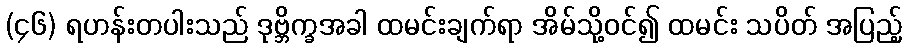
(၄၆) ရဟန်းတပါးသည် ဒုဗ္ဘိက္ခအခါ ထမင်းချက်ရာ အိမ်သို့ဝင်၍ ထမင်း သပိတ် အပြည့်